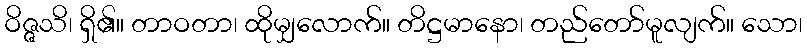
ဝိဇ္ဇသိ၊ ရှိ၏။ တာဝတာ၊ ထိုမျှလောက်။ တိဋ္ဌမာနော၊ တည်တော်မူလျက်။ သော၊